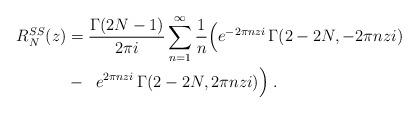
LaTeX: \begin{align*}R_N^{SS}(z) & =\frac{ \Gamma(2N-1)}{2 \pi i} \sum_{n=1}^{\infty} \frac{1}{n} \Bigl( e^{-2 \pi n z i} \, \Gamma(2-2N, -2\pi n z i) \\& - \;\; e^{2 \pi n z i} \, \Gamma(2-2N, 2 \pi n z i ) \Bigr) \; .\end{align*}